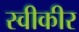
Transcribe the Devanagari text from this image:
स्वीकीर